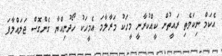
އެކަމް ނިކަމެތި ރައީތުން ކީއްކުރާނީ މީހަކު މަރާލާމަ އެމީހަކު ހޯދުނިއްޔާ ގެންގޮސް ޖަލައްލާފަ